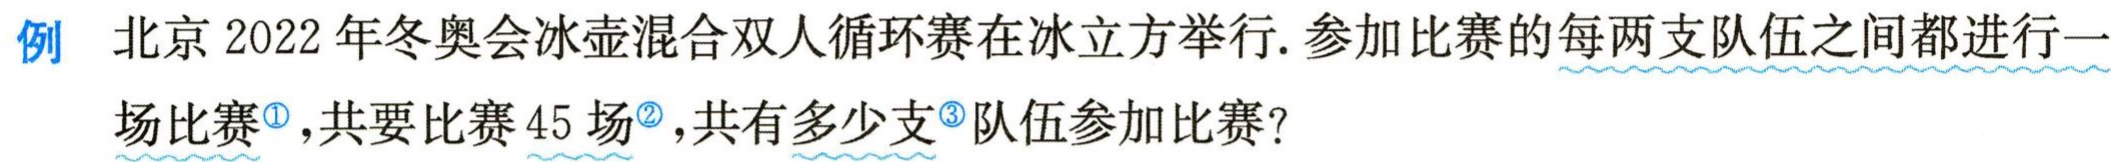
例 北京 2022 年冬奥会冰壶混合双人循环赛在冰立方举行. 参加比赛的每两支队伍之间都进行一场比赛\textsuperscript{\textcircled{1}},共要比赛 45 场\textsuperscript{\textcircled{2}},共有多少支\textsuperscript{\textcircled{3}}队伍参加比赛?